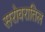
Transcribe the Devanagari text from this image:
सरोवरातिल